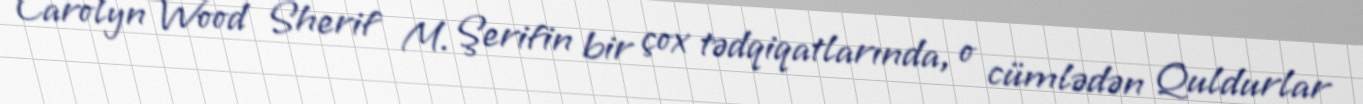
Carolyn Wood Sherif M. Şerifin bir çox tədqiqatlarında, o cümlədən Quldurlar